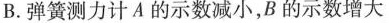
B. 弹簧测力计A的示数减小，B的示数增大